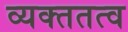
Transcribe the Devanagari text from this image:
व्यक्ततत्व